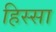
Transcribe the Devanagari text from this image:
हिस्सा